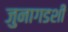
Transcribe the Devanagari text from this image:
जुनागडशी